Civil Veterinary Department Bihar reports 1936-40 - 1936-1940
Year: 1936
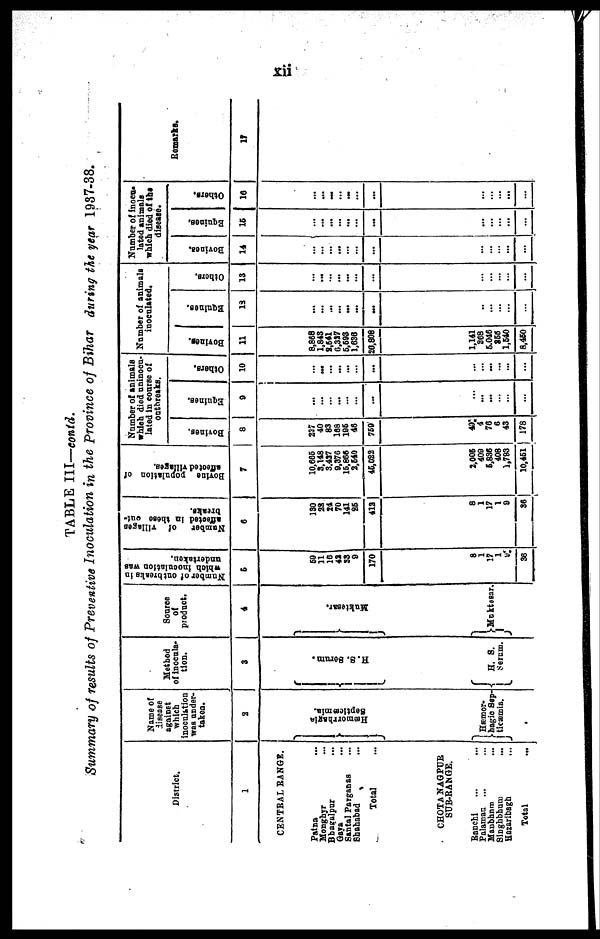
xii
TABLE III—contd.
Summary of results of Preventive Inoculation in the Province of Bihar during the year 1987-38.
District.
1
CENTRAL RANGE.
Patna ...
Manghyr ...
Bhagalpur ...
Gaya ...
Santal Parganas ...
Shahabad ...
Total ...
CHOTA NAGPUR
SUB-RANGE.
Ranchi ... ...
Palamas ... ...
Maubhnm ...
Singhbhum ...
Hazaribagh ...
Total ...
Name of
disease
against
which
inoculation
was under-
taken.
2
Hæmorrhagia
septicæmia.
Hæmor-
hagic Sep-
ticæmia.
Method
of inocula-
tion.
3
H. S. Serum.
H. S.
Serum.
Source
of
product.
4
Muktesar.
Moktasar.
Number of out
breaks in
which inoculation was
undertaken.
5
50
11
16
42 33
9
170
8
1
17
1
9
36
Number
of villages
affected in these out-
breaks.
6
130
38
24
70
141
86
413
8
1
17
1
9
36
Bovine
population of
affected villages.
7
10,665
3,148
3,427
9,376
16,866
3,640
46,022
3,006
409
5,836
408
1,793
10,451
Number of animals
which died uninocu-
lated in course of
outbreaks.
Bovines.
8
237
40
83
168
196
46
759
49
4
76
6
43
178
Equines.
9
...
...
... ...
...
...
...
...
...
...
...
Others.
10
...
...
...
...
...
......
...
...
...
...
...
Number of animals
inoculated.
Bovines.
11
8,868
1,843
9,641
6,337
6,693
1,636
26,806
1,141
308
6,046
355
1,540
8,460
Equines.
12
...
...
...
... ...
...
...
...
...
...
...
Others.
13
...
...
...
...
...
...
...
...
...
....
...
Number of inoeu-
lated animals
which died of the
disease.
Bovines.
14
...
...
...
...
...
...
...
...
...
...
Equines.
15
...
...
...
...
...
...
...
...
...
...
...
Others.
16
...
...
...
...
...
...
...
...
...
...
...
Remarks.
17